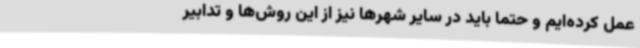
عمل کرده‌ایم و حتما باید در سایر شهرها نیز از این روش‌ها و تدابیر